Jaan_Tonisson_(Lasteleht), lk 404
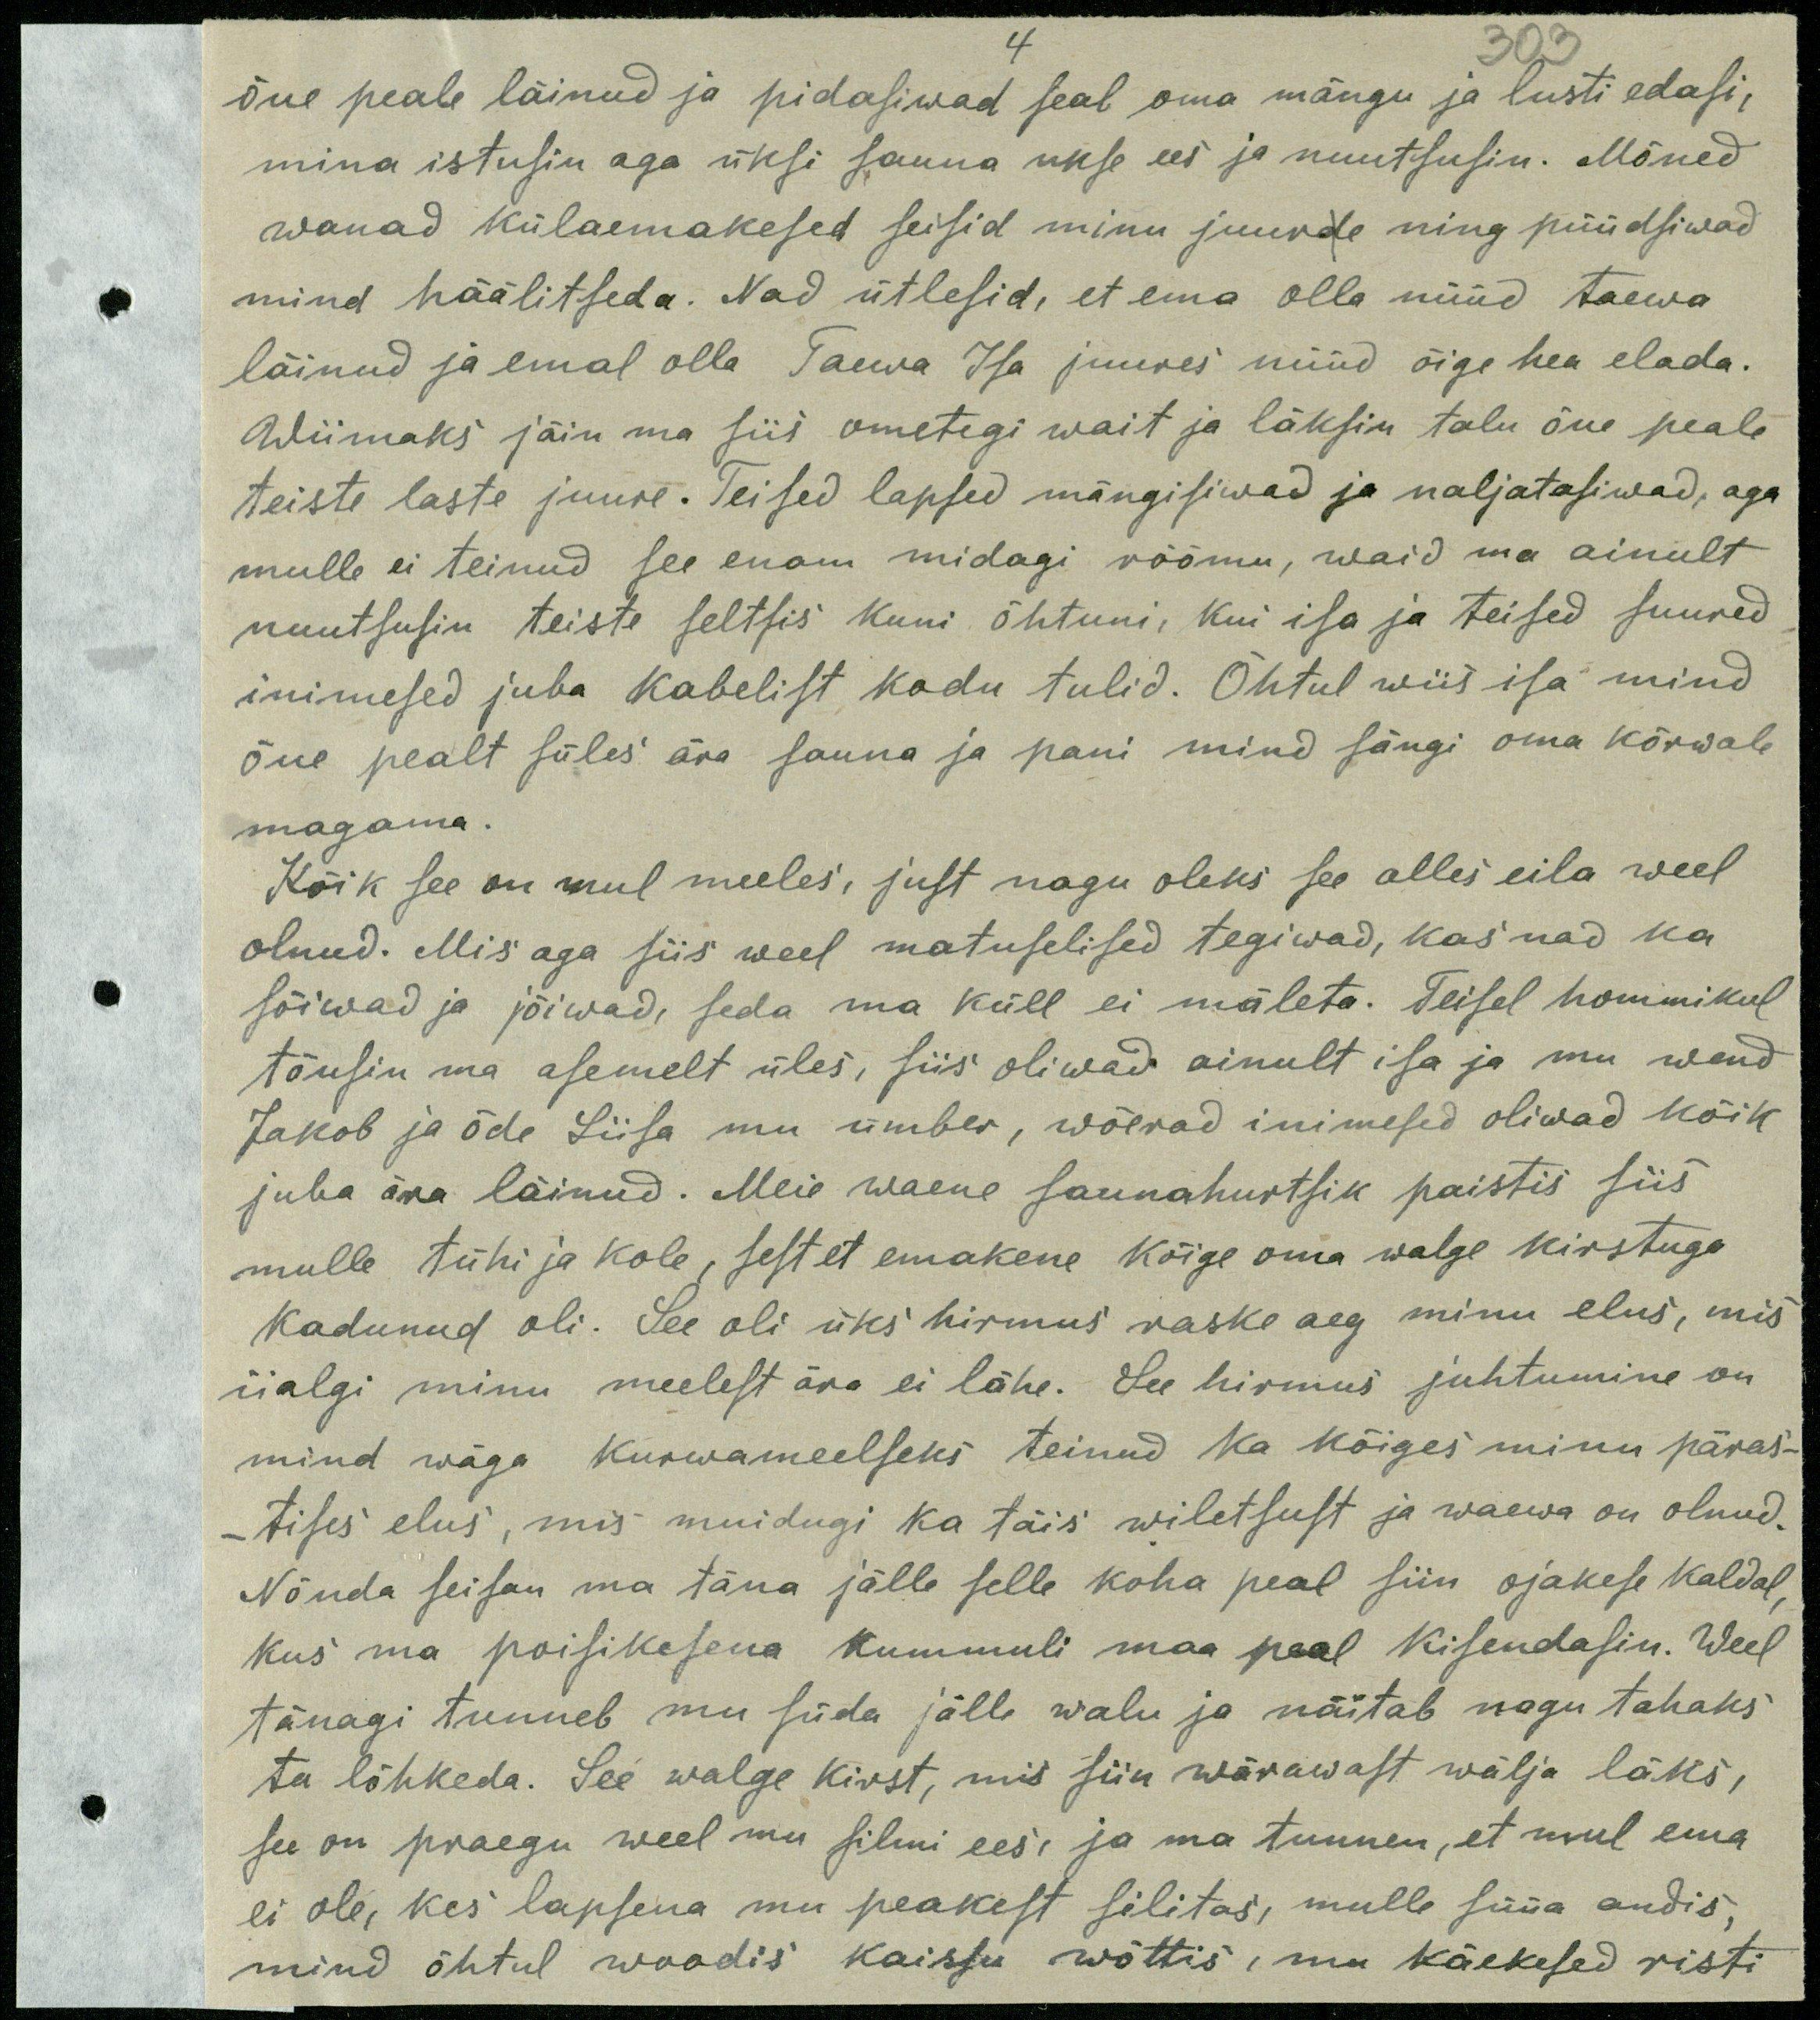
4
303
õue peale läinud ja pidasiwad seal oma mängu ja lusti edasi,
mina istusin aga üksi sauna ukse ees ja nuutsusin. Mõned
wanad külaemakesed seisid minu juurde ning püüdsiwad
mind häälitseda. Nad ütlesid, et ema olla nüüd taewa
läinud ja emal olla Taewa Isa juures nüüd õige hea elada.
Wiimaks jäin ma siis ometegi wait ja läksin talu õue peale
teiste laste juure. Teised lapsed mängisiwad ja naljatasiwad, aga
mulle ei teinud see enam midagi rõõmu, waid ma ainult
nuutsusin teiste seltsis kuni õhtuni, kui isa ja teised suured
inimesed juba kabelist kodu tulid. Õhtul wiis isa mind
õue pealt süles ära sauna ja pani mind sängi oma kõrwale
magama.
Kõik see on mul meeles, just nagu oleks see alles eila weel
olnud. Mis aga siis weel matuselised tegiwad, kas nad ka
sõiwad ja jõiwad, seda ma küll ei mäleta. Teisel hommikul
tõusin ma asemelt üles, siis oliwad ainult isa ja mu wend
Jakob ja õde Liisa mu ümber, wõerad inimesed oliwad kõik
juba ära läinud. Meie waene saunahurtsik paistis siis
mulle tühi ja kole, sest et emakene kõige oma walge kirstuga
kadunud oli. See oli üks hirmus raske aeg minu elus, mis
iialgi minu meelest ära ei lähe. See hirmus juhtumine on
mind wäga kurwameelseks teinud ka kõiges minu päras-
- tises elus, mis muidugi ka täis wiletsust ja waewa on olnud.
Nõnda seisan ma täna jälle selle koha peal siin ojakese kaldal
kus ma poisikesena kummuli maa peal kisendasin. Weel
tänagi tunneb mu süda jälle walu ja näitab nagu tahaks
ta lõhkeda. See walge kirst, mis siin wärawast wälja läks,
see on praegu weel mu silmi ees: ja ma tunnen, et mul ema
ei ole, kes lapsena mu peakest silitas, mulle süüa andis.
mind õhtul woodis käissu wõttis, mu käekesed risti